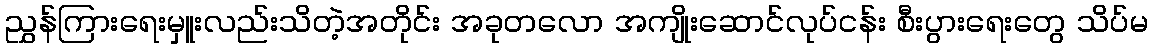
ညွှန်ကြားရေးမှူးလည်းသိတဲ့အတိုင်း အခုတလော အကျိုးဆောင်လုပ်ငန်း စီးပွားရေးတွေ သိပ်မ